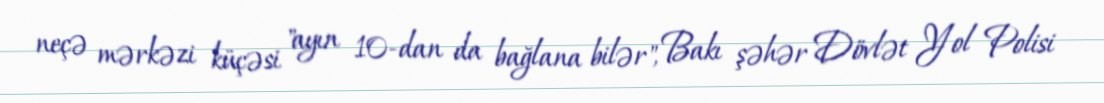
neçə mərkəzi küçəsi "ayın 10-dan da bağlana bilər", Bakı şəhər Dövlət Yol Polisi